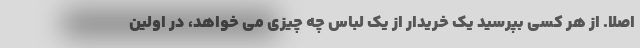
اصلا. از هر کسی بپرسید یک خریدار از یک لباس چه چیزی می خواهد، در اولین